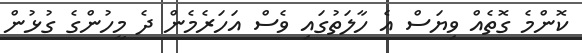
ކޮންމެ ގޮތެއް ވިޔަސް އެ ހާލަތުގައި ވެސް އަހަރެމެން ދެ މީހުންގެ ގުޅުން